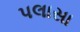
પલાસા